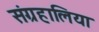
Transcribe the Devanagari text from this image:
संग्रहालिया